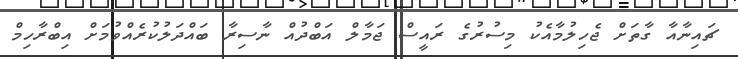
ޗައިނާއާ ގާތަށް ޖެހިލުމާއެކު މިސުރުގެ ރައީސް ޖަމާލް އަބްދުއް ނާސިރާ ބައްދަލުކުރެއްވުމަށް އިބްރާހިމް